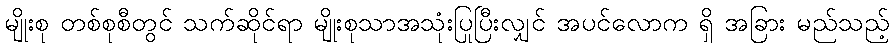
မျိုးစု တစ်စုစီတွင် သက်ဆိုင်ရာ မျိုးစုသာအသုံးပြုပြီးလျှင် အပင်လောက ရှိ အခြား မည်သည့်